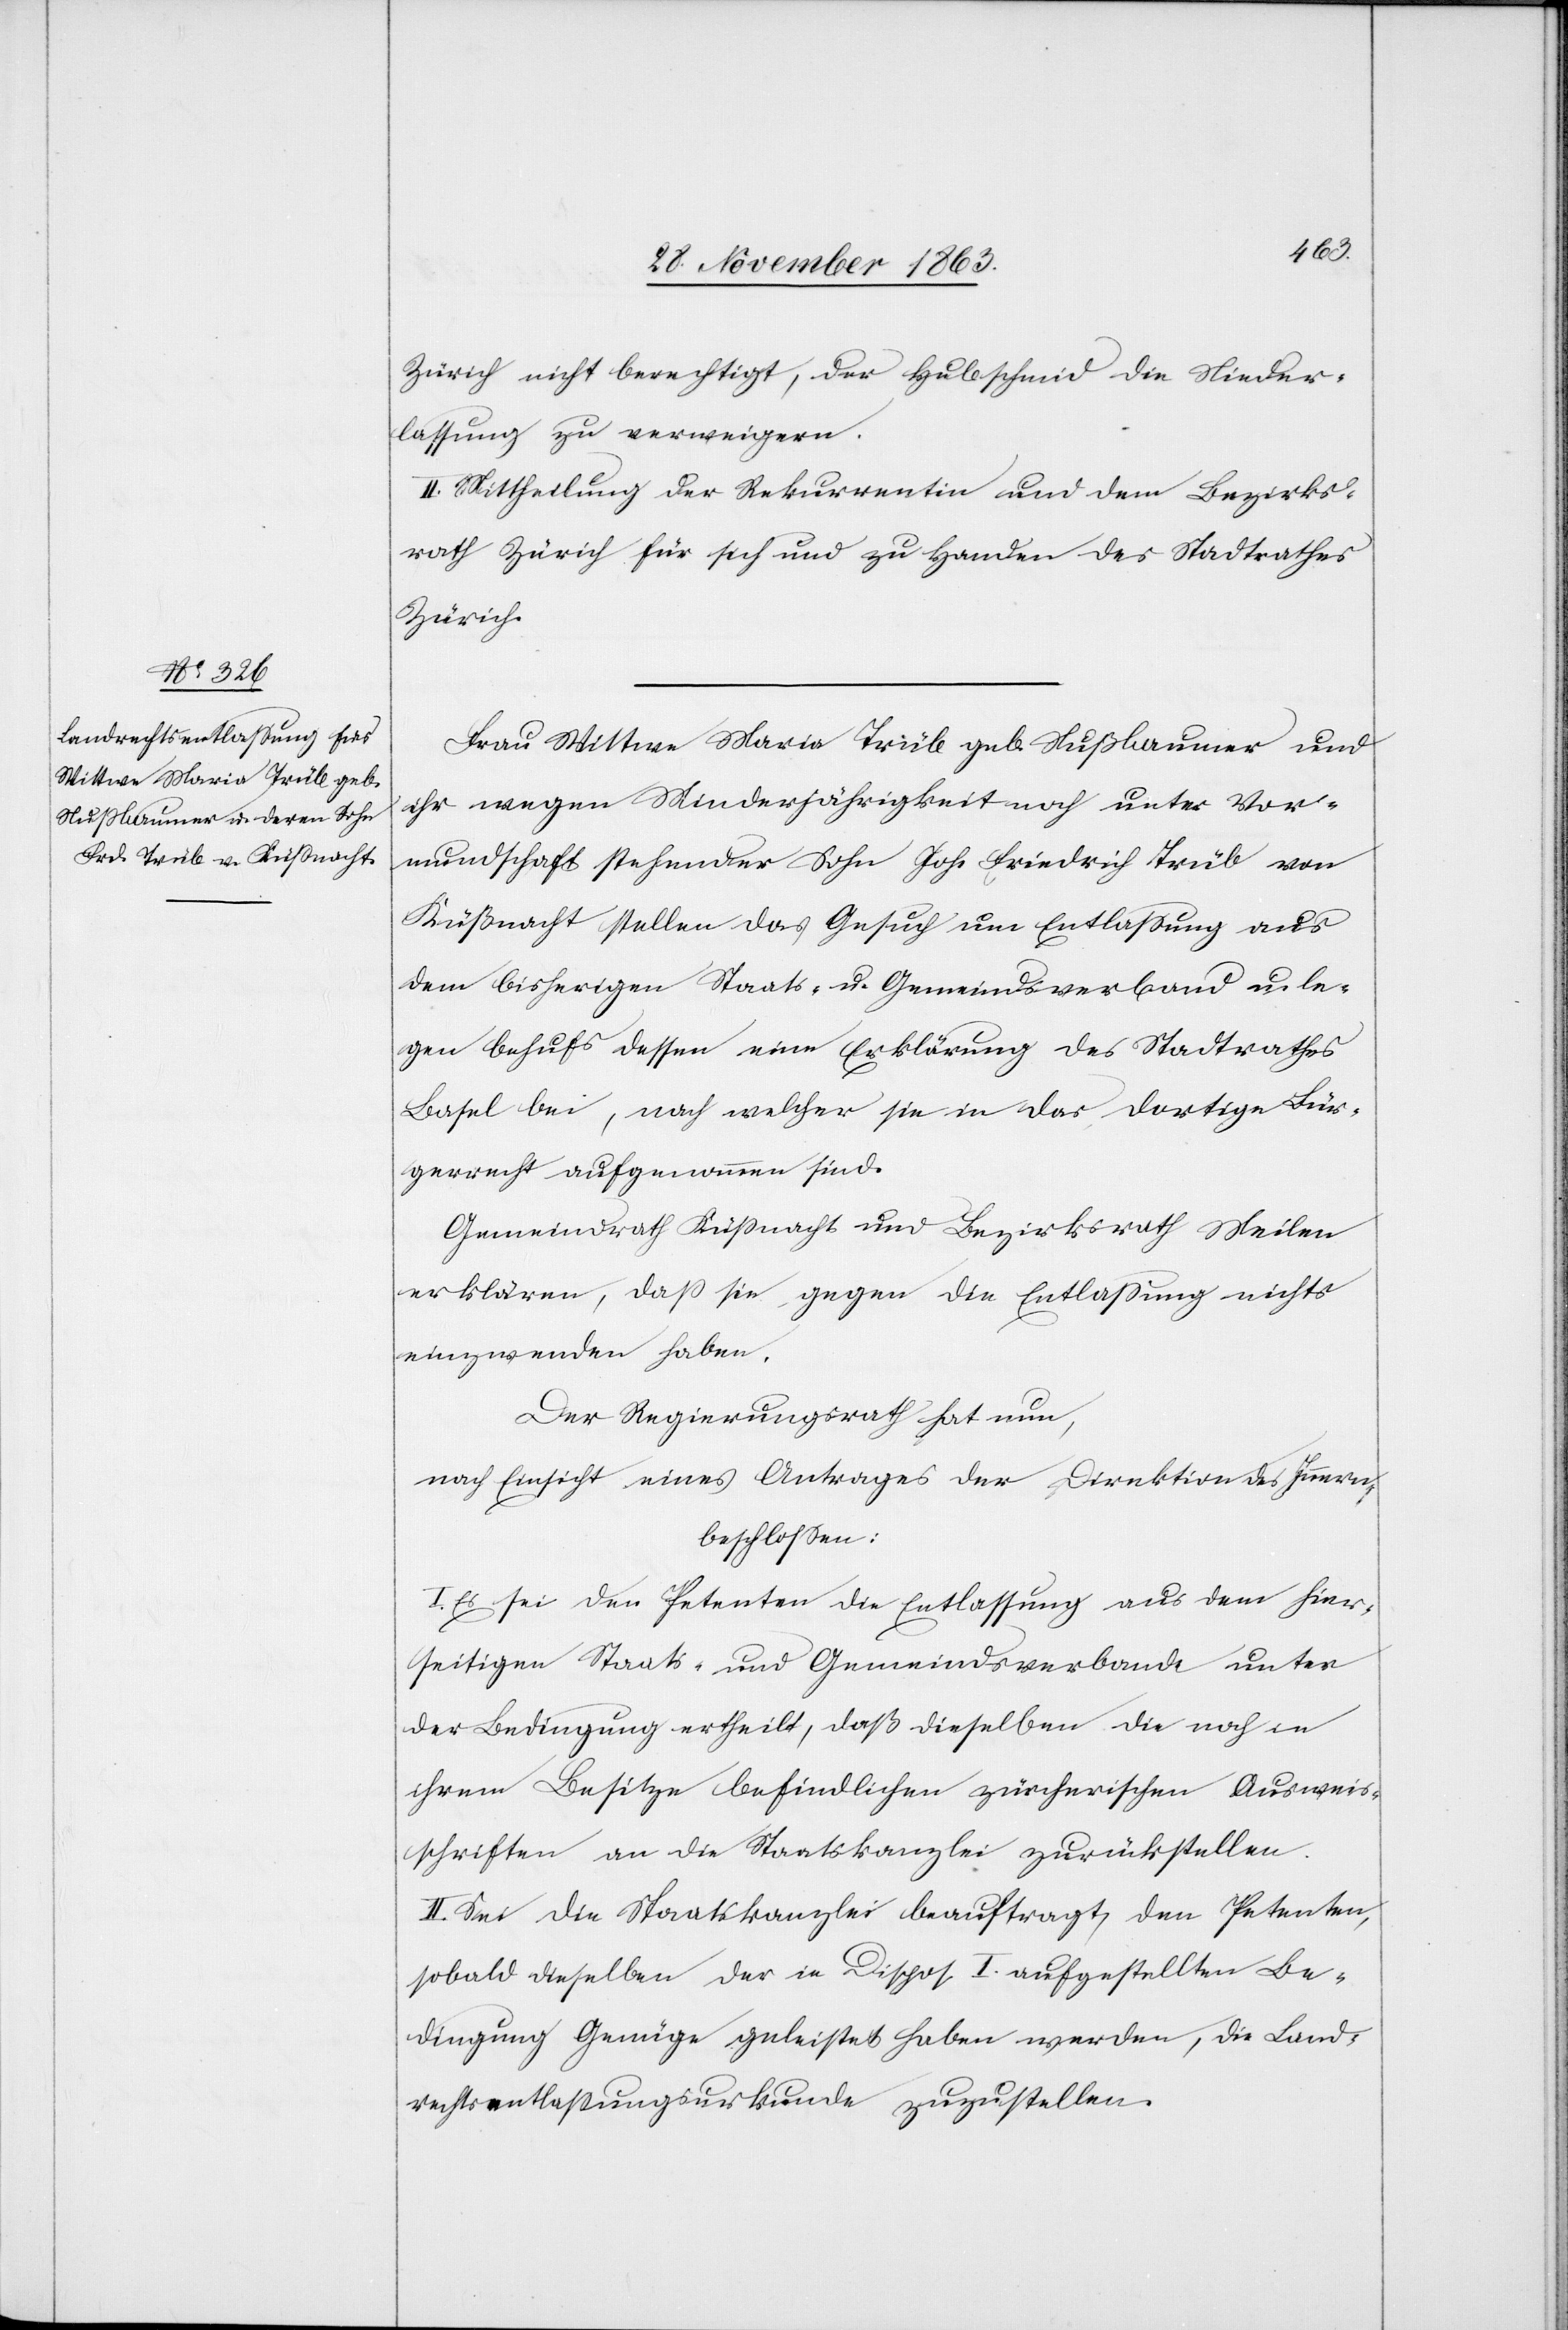
Zürich nicht berechtigt, der Hubschmid die Nieder¬
lassung zu verweigern.
II. Mittheilung der Rekurrentin und dem Bezirks¬
rath Zürich für sich und zu Handen des Stadtrathes
Zürich.
Frau Wittwe Maria Trüb geb. Nußbaumer und
ihr wegen Minderjährigkeit noch unter Vor¬
mundschaft stehender Sohn Joh. Friedrich Trüb von
Küßnacht stellen das Gesuch um Entlassung aus
dem bisherigen Staats- u. Gemeindsverband u. le¬
gen behufs dessen eine Erklärung des Stadtrathes
Basel bei, nach welcher sie in das dortige Bür¬
gerrecht aufgenommen sind.
Gemeindrath Küssnacht und Bezirksrath Meilen
erklären, dass sie gegen die Entlassung nichts
einzuwenden haben.
Der Regierungsrath hat nun,
nach Einsicht eines Antrages der Direktion des Innern,
beschlossen:
I. Es sei den Petenten die Entlassung aus dem hier¬
seitigen Staats- und Gemeindsverbande unter
der Bedingung ertheilt, daß dieselben die noch in
ihrem Besitze befindlichen zürcherischen Ausweis¬
schriften an die Staatskanzlei zurückstellen.
II. Sei die Staatskanzlei beauftragt, den Petenten,
sobald dieselben der in Dispos I. aufgestellten Be¬
dingung Genüge geleistet haben werden, die Land¬
rechtsentlassungsurkunde zuzustellen.